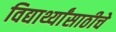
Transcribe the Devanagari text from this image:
विद्यार्थ्यांसाठीचे